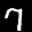
Label: 7